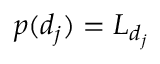
p ( d _ { j } ) = L _ { d _ { j } }